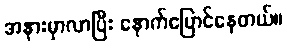
အနားမှာလာပြီး နောက်ပြောင်နေတယ်။